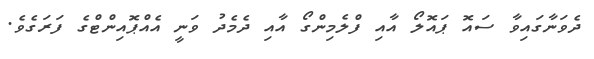
ދެވަނާގައިވާ ސައޮ ޕައޮލޯ އާއި ފްލެމިންގޯ އާއި ދެމެދު ވަނީ އެއްޕޮއިންޓްގެ ފަރަގެވެ.